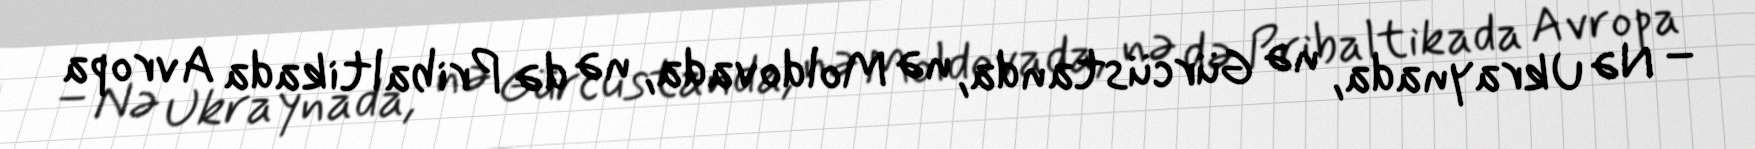
– Nə Ukraynada, nə Gürcüstanda, nə Moldovada, nə də Pribaltikada Avropa